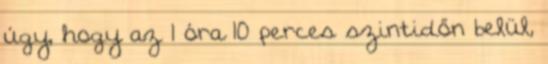
úgy, hogy az 1 óra 10 perces szintidőn belül,